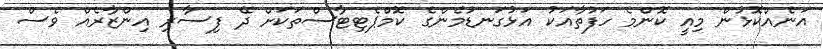
އަނެއްކޮޅުން މިއީ ކޮންމެ ހަފުތާއަކު އަޅުގަނޑުމެންގެ ކޮމްޕެޓިޓާސްތަކަށް ދޭ ފިސާރި އިންޒާރެއް ވެސް